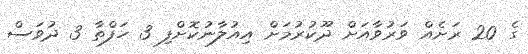
ގެ 20 ރަށެއް ވަރުވާއަށް ދޫކުރުމަށް އިއުލާނުކޮށްފި 3 ހަފްތާ 3 ދުވަސް